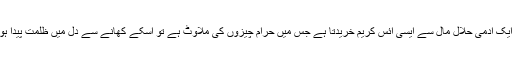
مثلًا ایک آدمی حلال مال سے ایسی آئس کریم خریدتا ہے جس میں حرام چیزوں کی ملاوٹ ہے تو اسکے کھانے سے دل میں ظلمت پیدا ہو گی۔